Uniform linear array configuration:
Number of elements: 32
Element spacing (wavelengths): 0.75
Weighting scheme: kaiser
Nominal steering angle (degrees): -60
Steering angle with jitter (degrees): -59.362
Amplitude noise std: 0.05
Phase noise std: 0.05

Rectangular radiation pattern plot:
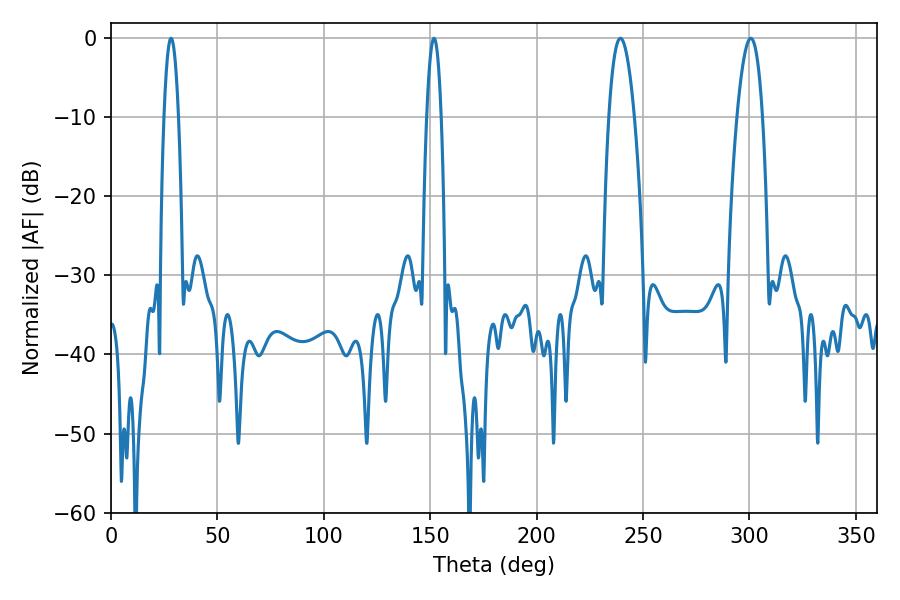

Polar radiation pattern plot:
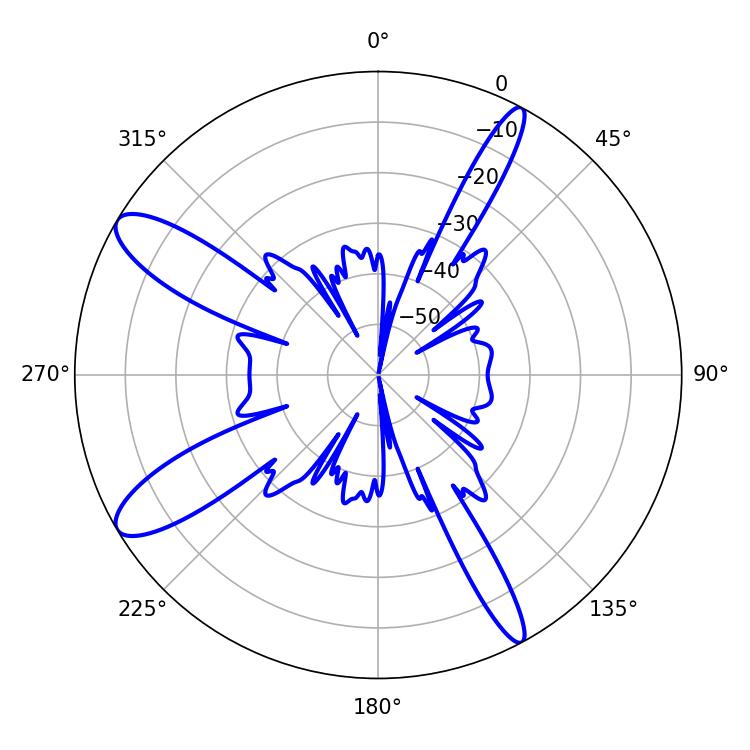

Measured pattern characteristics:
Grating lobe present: TRUE
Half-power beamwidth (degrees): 6.66
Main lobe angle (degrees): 239.4